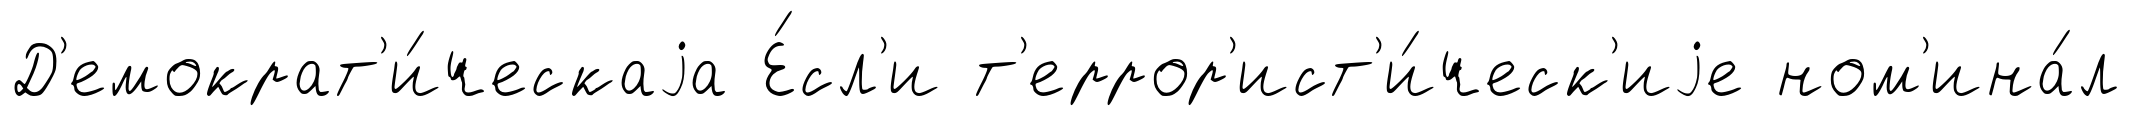
Д'емократ'и́ческаjа Е́сл'и т'еррор'ист'и́ческ'иjе ном'ина́л